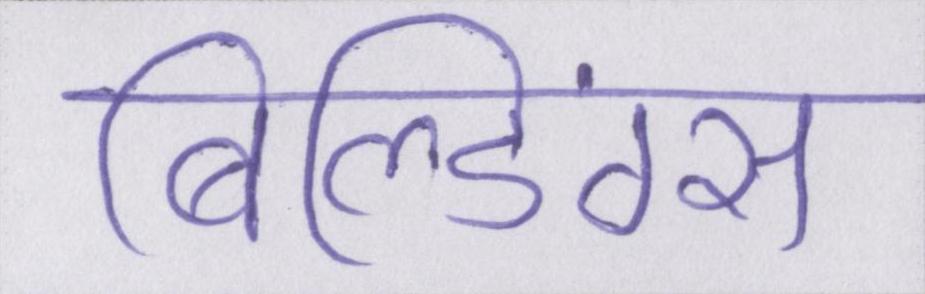
बिल्डिंग्स